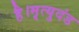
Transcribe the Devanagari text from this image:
है।मृत्युदंड